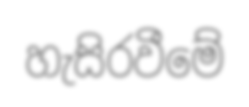
හැසිරවීමේ